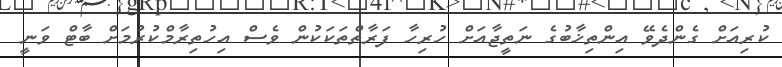
ކުރިއަށް ގެންދެވޭ އިންތިޚާބުގެ ނަތީޖާއަށް ހުރިހާ ފަރާތްތަކަކުން ވެސް އިހުތިރާމްކުރުމަށް ބާޓް ވަނީ